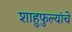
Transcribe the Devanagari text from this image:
शाहुफुल्यांचे